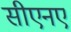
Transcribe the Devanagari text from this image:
सीएनए